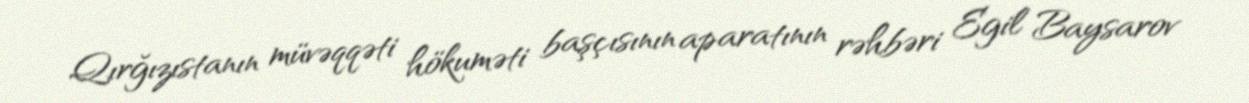
Qırğızıstanın müvəqqəti hökuməti başçısının aparatının rəhbəri Egil Baysarov